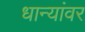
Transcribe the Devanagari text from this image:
धान्यांवर